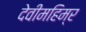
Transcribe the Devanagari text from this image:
देवीमहिम्र